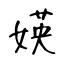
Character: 媖